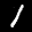
Label: 1